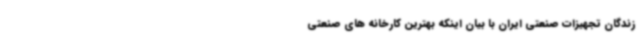
زندگان تجهیزات صنعتی ایران با بیان اینکه بهترین کارخانه های صنعتی